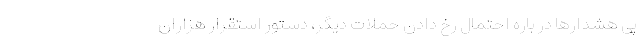
پی هشدارها در باره احتمال رخ دادن حملات دیگر، دستور استقرار هزاران